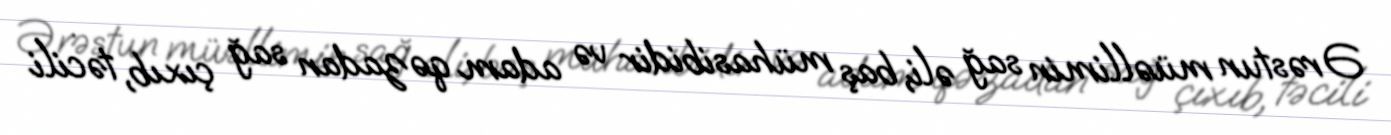
Ərəstun müəllimin sağ əli, baş mühasibidir və adam qəzadan sağ çıxıb, təcili